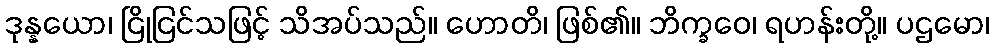
ဒုန္နယော၊ ငြိုငြင်သဖြင့် သိအပ်သည်။ ဟောတိ၊ ဖြစ်၏။ ဘိက္ခဝေ၊ ရဟန်းတို့။ ပဌမော၊